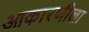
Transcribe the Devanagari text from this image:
आकारणीला